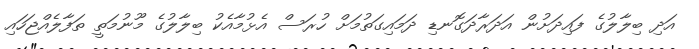
އަދި ބިލާލުގެ ފައިދަށުން އަދަރާދަގޮނޑި ދަމައިގަތުމަށް ހުރަސް އެޅުމާއެކު ބިލާލުގެ މޫނުމަތީ ތަފާލެއްޖަހައި